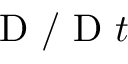
{ \textnormal { D } } / { \textnormal { D } t }